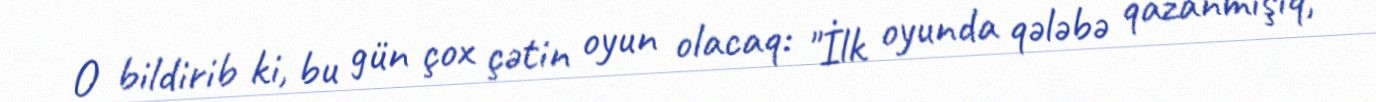
O bildirib ki, bu gün çox çətin oyun olacaq: "İlk oyunda qələbə qazanmışıq,